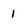
Character: I